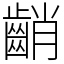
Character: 𪘞